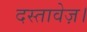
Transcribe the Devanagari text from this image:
दस्तावेज़।